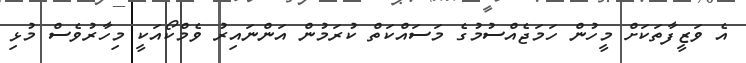
އެ ވަޒީފާތަކަށް މީހުން ހަމަޖެއްސުމުގެ މަސައްކަތް ކުރަމުން އަންނައިރު ވެމްކޯއަކީ މިހާރުވެސް މުޅި